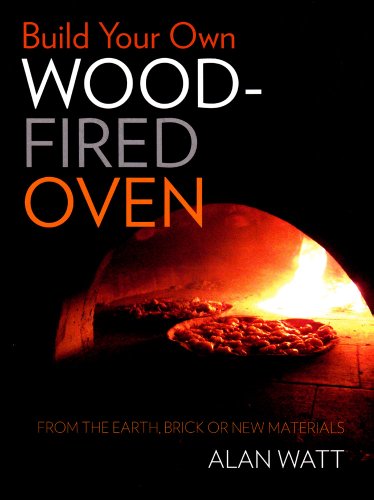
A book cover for Build Your Own Wood-Fired Oven: From the Earth, Brick or New Materials; Alan Watt; Cookbooks, Food & Wine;